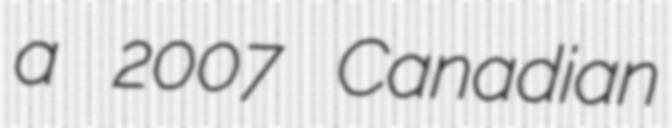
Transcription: a 2007 Canadian